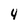
Character: 4